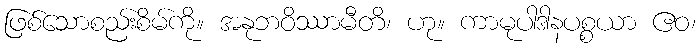
ဖြစ်သောစည်းစိမ်ကို။ အနုဘဝိဿာမီတိ၊ ဟု။ ကာမုပါဒါနပစ္စယာ ဧဝ၊